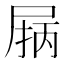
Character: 𰍽